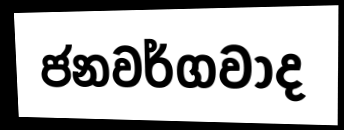
ජනවර්ගවාද